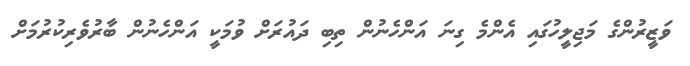
ވަޒީރުންގެ މަޖިލީހުގައި އެންމެ ގިނަ އަންހެނުން ތިބި ދައުރަށް ވުމަކީ އަންހެނުން ބާރުވެރިކުރުމަށް